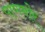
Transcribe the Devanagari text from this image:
पाणमोर